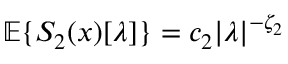
{ \mathbb E } \{ S _ { 2 } ( x ) [ \lambda ] \} = c _ { 2 } | \lambda | ^ { - \zeta _ { 2 } }